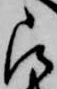
被